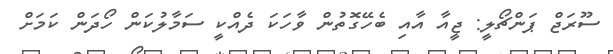
ސޫރަޖް ޕަންޗޯލީ: ޖީއާ އާއި ބެހޭގޮތުން ވާހަކަ ދެއްކީ ސަމާލުކަން ހޯދަން ކަމަށް